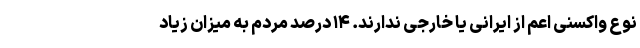
نوع واکسنی اعم از ایرانی یا خارجی ندارند. ۱۴ درصد مردم به میزان زیاد